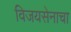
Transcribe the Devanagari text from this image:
विजयसेनाचा